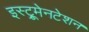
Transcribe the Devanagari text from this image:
इस्ट्रूमेनटेशन